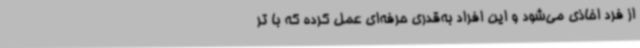
از فرد اخاذی می‌شود و این افراد به‌قدری حرفه‌ای عمل کرده که با تر